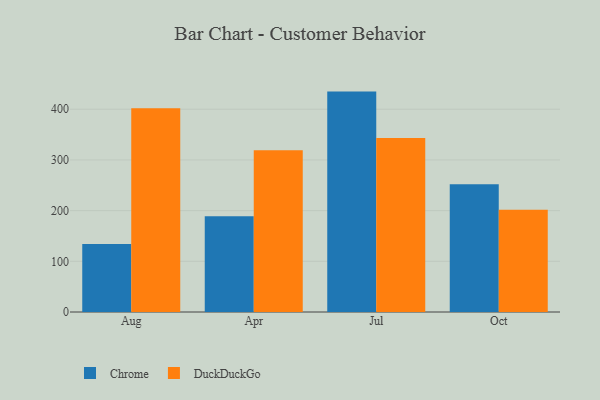
{"axis": {"x": "Month", "y": "Net Income (USD K)"}, "legend": ["Chrome", "DuckDuckGo"], "data": [{"x": "Aug", "y": 134.3, "type": "Chrome"}, {"x": "Aug", "y": 402.0, "type": "DuckDuckGo"}, {"x": "Apr", "y": 189.0, "type": "Chrome"}, {"x": "Apr", "y": 319.2, "type": "DuckDuckGo"}, {"x": "Jul", "y": 434.8, "type": "Chrome"}, {"x": "Jul", "y": 343.2, "type": "DuckDuckGo"}, {"x": "Oct", "y": 252.1, "type": "Chrome"}, {"x": "Oct", "y": 201.7, "type": "DuckDuckGo"}]}